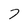
Character: 7